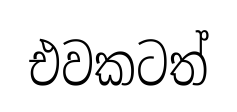
එවකටත්